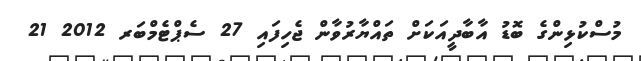
މުސްކުޅިންގެ ބޮޑު އާބާދީއަކަށް ތައްޔާރުވާން ޖެހިފައި 27 ސެޕްޓެމްބަރ 2012 21